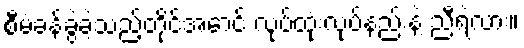
စီမံခန့်ခွဲခဲ့သည့်တိုင်အောင် လုပ်ထုံးလုပ်နည်းနဲ့ ညီရဲ့လား။